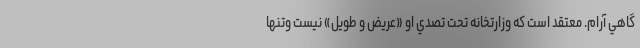
گاهي آرام. معتقد است كه وزارتخانه تحت تصدي او «عريض و طويل» نيست وتنها